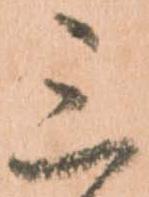
三